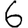
Digit: 6